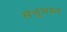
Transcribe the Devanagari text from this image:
सत्तुभस्त